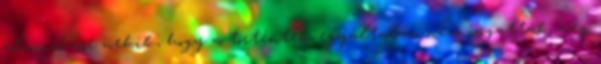
elmondani nekik, hogy a történtek egyáltalán nem ingatták meg